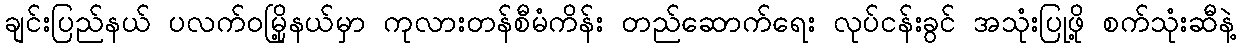
ချင်းပြည်နယ် ပလက်ဝမြို့နယ်မှာ ကုလားတန်စီမံကိန်း တည်ဆောက်ရေး လုပ်ငန်းခွင် အသုံးပြုဖို့ စက်သုံးဆီနဲ့